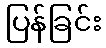
ပြန်ခြင်း